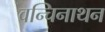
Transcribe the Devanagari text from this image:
वन्चिनाथन